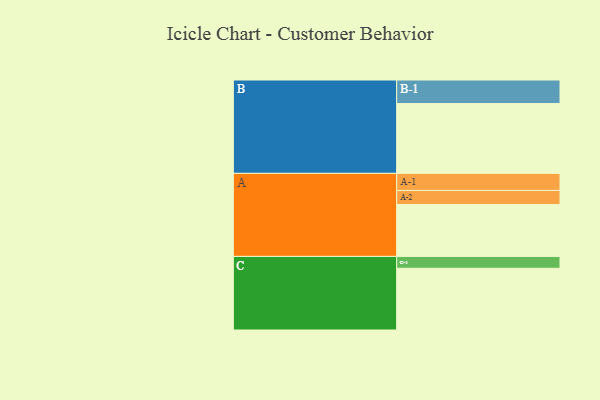
{"axis": {"x": "Segment", "y": "Value"}, "legend": ["", "A", "B", "C"], "data": [{"x": "A", "y": 367, "type": ""}, {"x": "B", "y": 494, "type": ""}, {"x": "C", "y": 437, "type": ""}, {"x": "A-1", "y": 121, "type": "A"}, {"x": "A-2", "y": 100, "type": "A"}, {"x": "B-1", "y": 167, "type": "B"}, {"x": "C-1", "y": 84, "type": "C"}]}